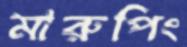
মারুপিং